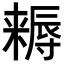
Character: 𣜻